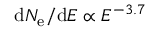
\mathrm { d } N _ { \mathrm { e } } / \mathrm { d } E \propto E ^ { - 3 . 7 }